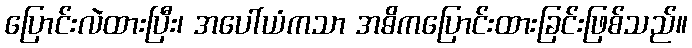
ပြောင်းလဲထားပြီး၊ အပေါ်ယံကသာ အဓိကပြောင်းထားခြင်းဖြစ်သည်။